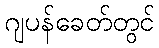
ဂျပန်ခေတ်တွင်